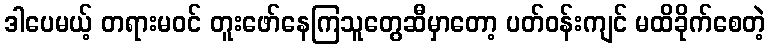
ဒါပေမယ့် တရားမဝင် တူးဖော်နေကြသူတွေဆီမှာတော့ ပတ်ဝန်းကျင် မထိခိုက်စေတဲ့